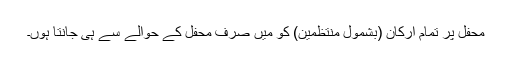
محفل پر تمام ارکان (بشمول منتظمین) کو میں صرف محفل کے حوالے سے ہی جانتا ہوں۔